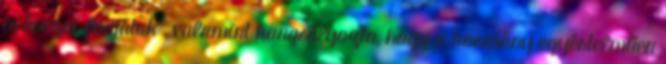
is érezni fogjátok”, valamint hangsúlyozta, hogy a kormány egyértelműen